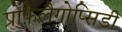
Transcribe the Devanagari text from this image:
प्रोफ़ैलैगोप्सिडी